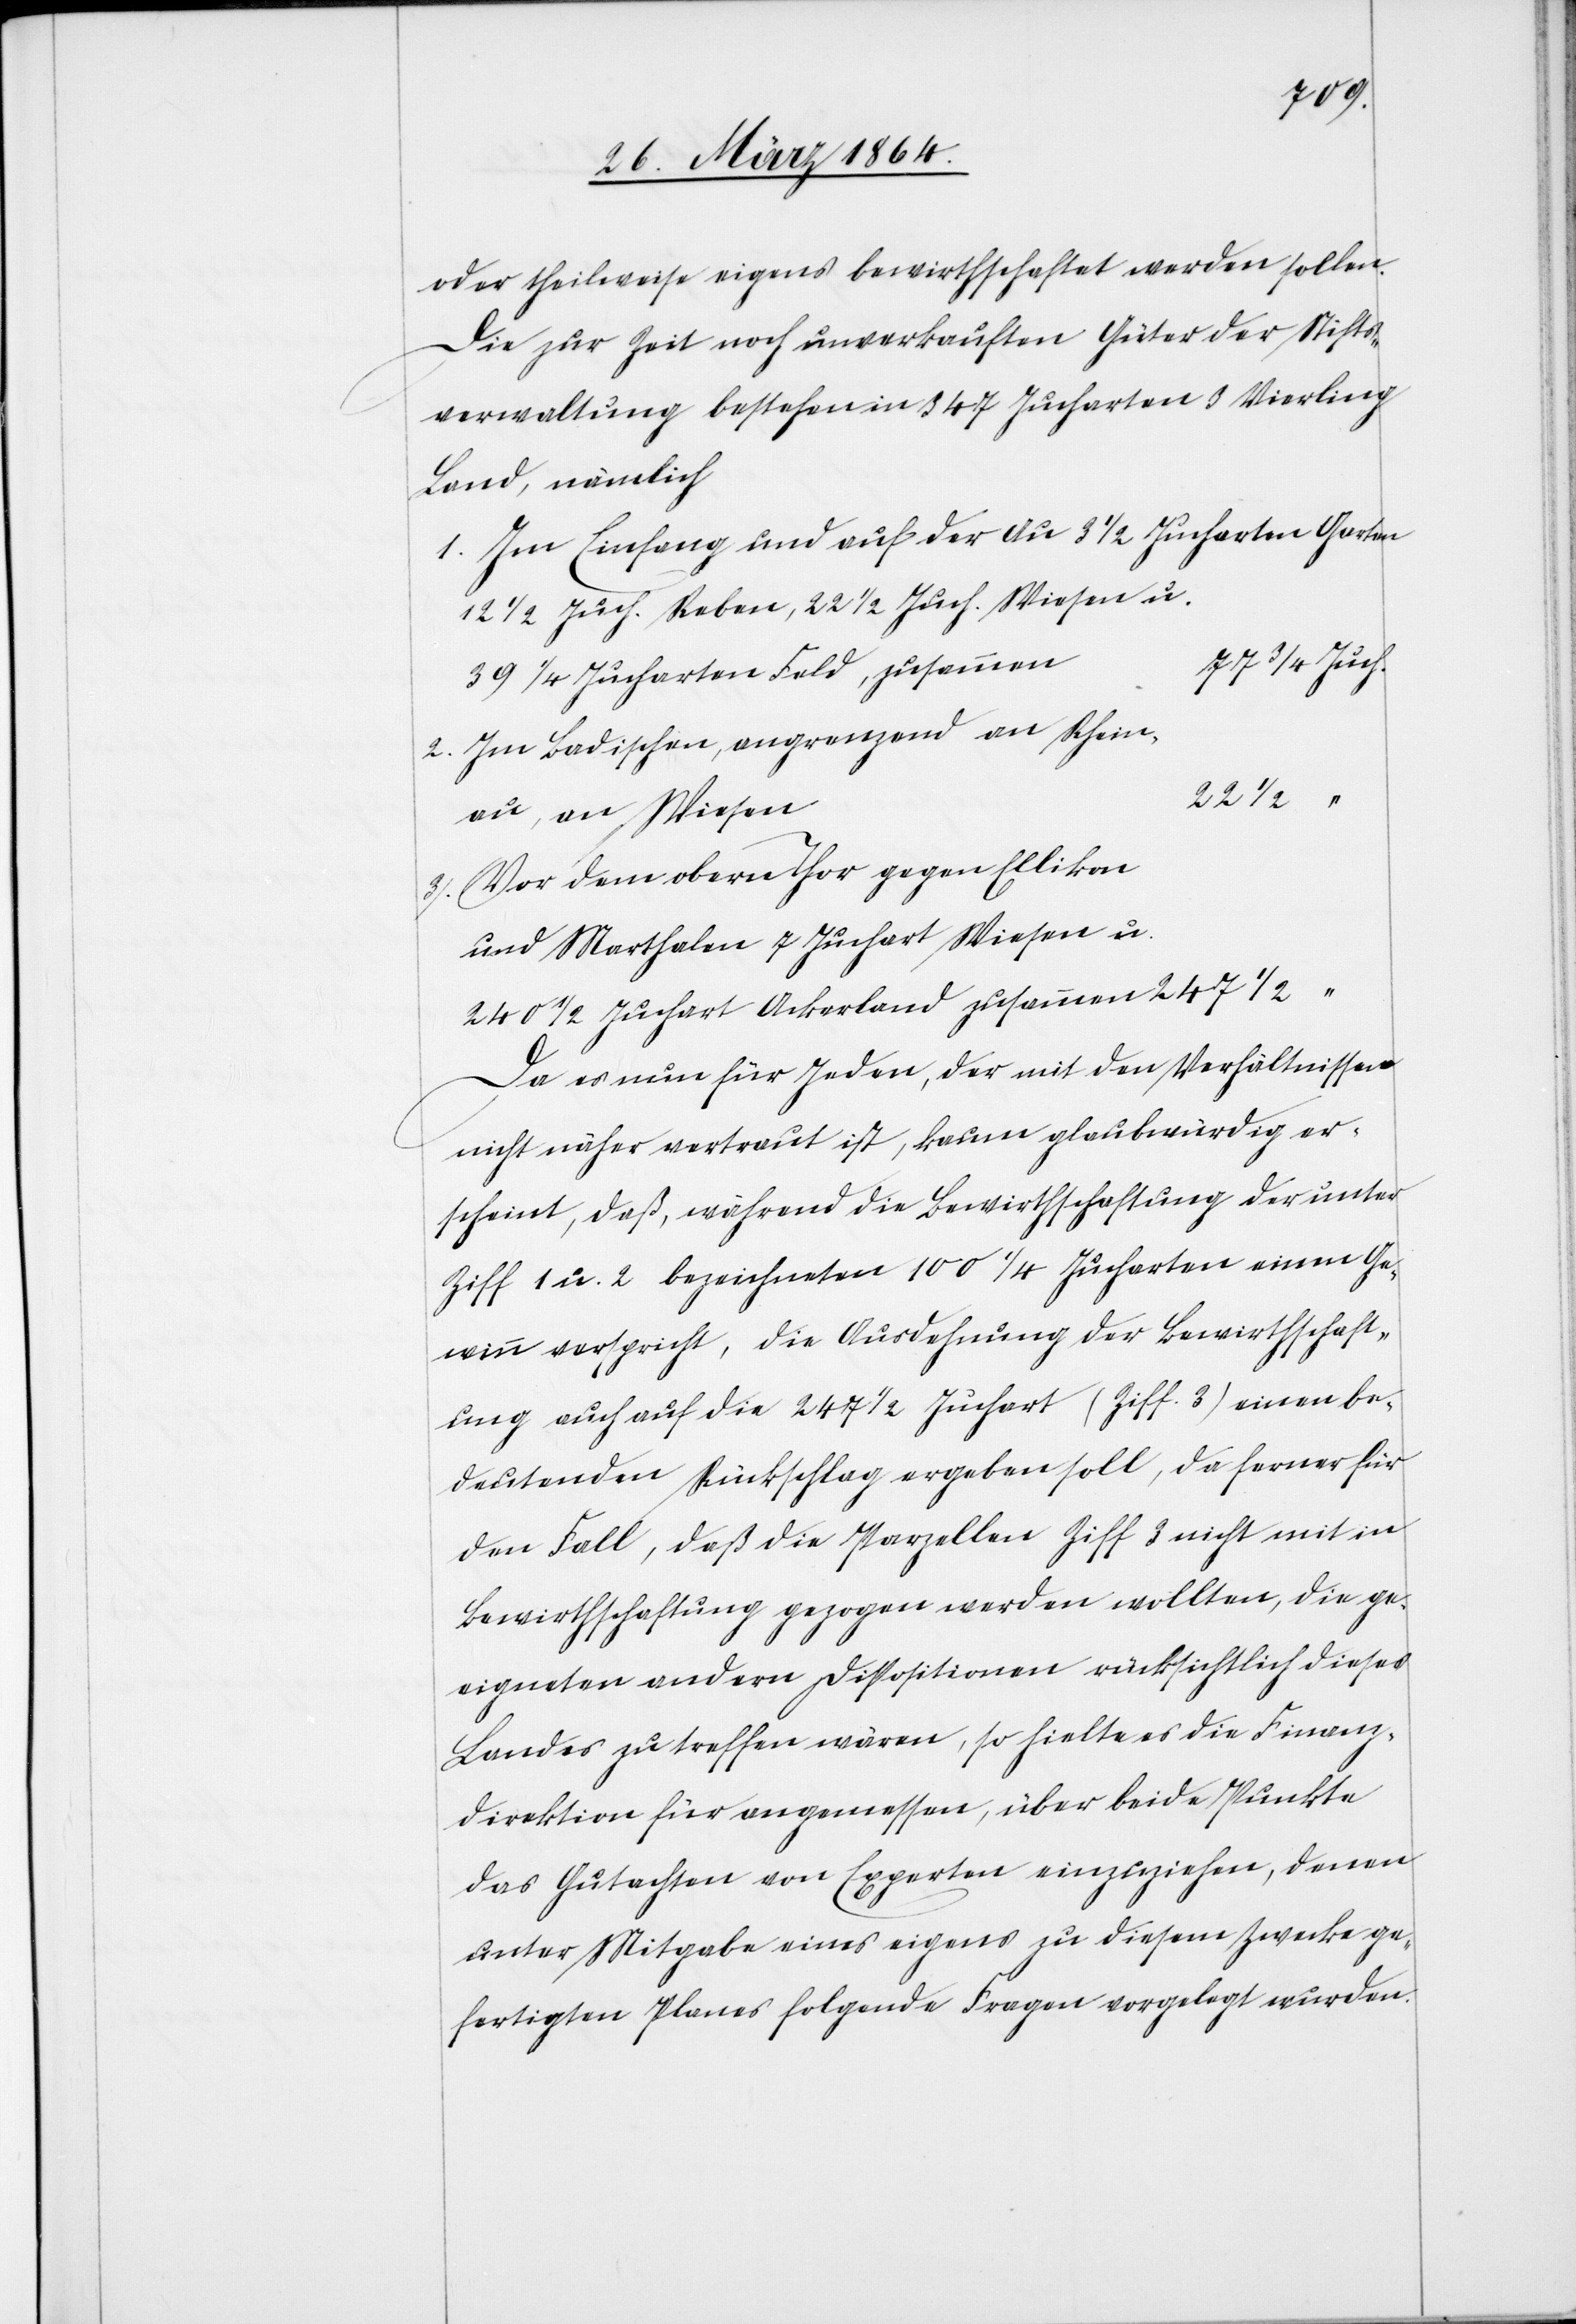
oder theilweise eigens bewirthschaftet werden sollen.
Die zur Zeit noch unverkauften Güter der Stifts¬
verwaltung bestehen in 347 Jucharten 3 Vierling
Land, nämlich
1. Im Einfang und auf der Au 3 1/2 Jucharten Garten[,]
77 3/4 Juch.
39 1/4 Jucharten Feld, zusammen
2. Im Badischen, angrenzend an Rheinau,
22 1/2 “
3. Vor dem obern Thor gegen Ellikon
und Marthalen 7 Juchart Wiesen u.
240 1/2 Juchart Ackerland zusammen						247
Da es nun für Jeden, der mit den Verhältnissen
nicht näher vertraut ist, kaum glaubwürdig er¬
scheint, daß während die Bewirthschaftung der unter
Ziff. 1 u. 2 bezeichneten 100 1/4 Jucharten einen Ge¬
winn verspricht, die Ausdehnung der Bewirthschaft¬
ung auch auf die 247 1/2 Juchart (Ziff. 3) einen be¬
deutenden Rückschlag ergeben soll, da ferner für
den Fall, daß die Parzellen Ziff 3 nicht mit in
Bewirthschaftung gezogen werden wollten, die ge¬
eigneten andern Dispositionen rücksichtlich dieses
Landes zu treffen wären, so hielte es die Finanz¬
direktion für angemessen, über beide Punkte
das Gutachten von Experten einzuziehen, denen
unter Mitgabe eines eigens zu diesem Zwecke ge¬
fertigten Planes folgende Fragen vorgelegt würden.